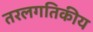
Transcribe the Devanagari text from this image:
तरलगतिकीय